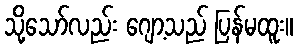
သို့သော်လည်း ဂျော့သည် ပြန်မထူး။